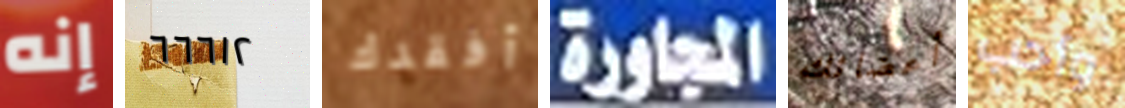
إنه ٦٦٦١٢ أفقدك المجاورة أعضائك وأحب